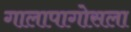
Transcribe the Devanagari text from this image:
गालापागोसला